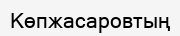
Көпжасаровтың